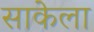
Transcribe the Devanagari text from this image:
साकेला